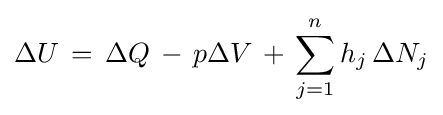
\mathrm {\Delta } U\,=\,\Delta Q\,-\,p\Delta V\,+\,\sum _{j=1}^{n}h_{j}\,\mathrm {\Delta } N_{j}